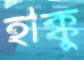
হাক্কু